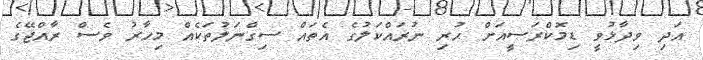
އަދި ވިދާޅުވީ ޑިމޮކްރަސީއަށް ހުރި ނުރައްކަލުގެ އެތައް ސިގްނަލުތަކެއް މިހާރު ވެސް ރާއްޖޭގެ